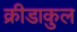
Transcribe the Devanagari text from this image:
क्रीडाकुल